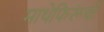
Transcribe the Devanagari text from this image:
माथेफिरूंची